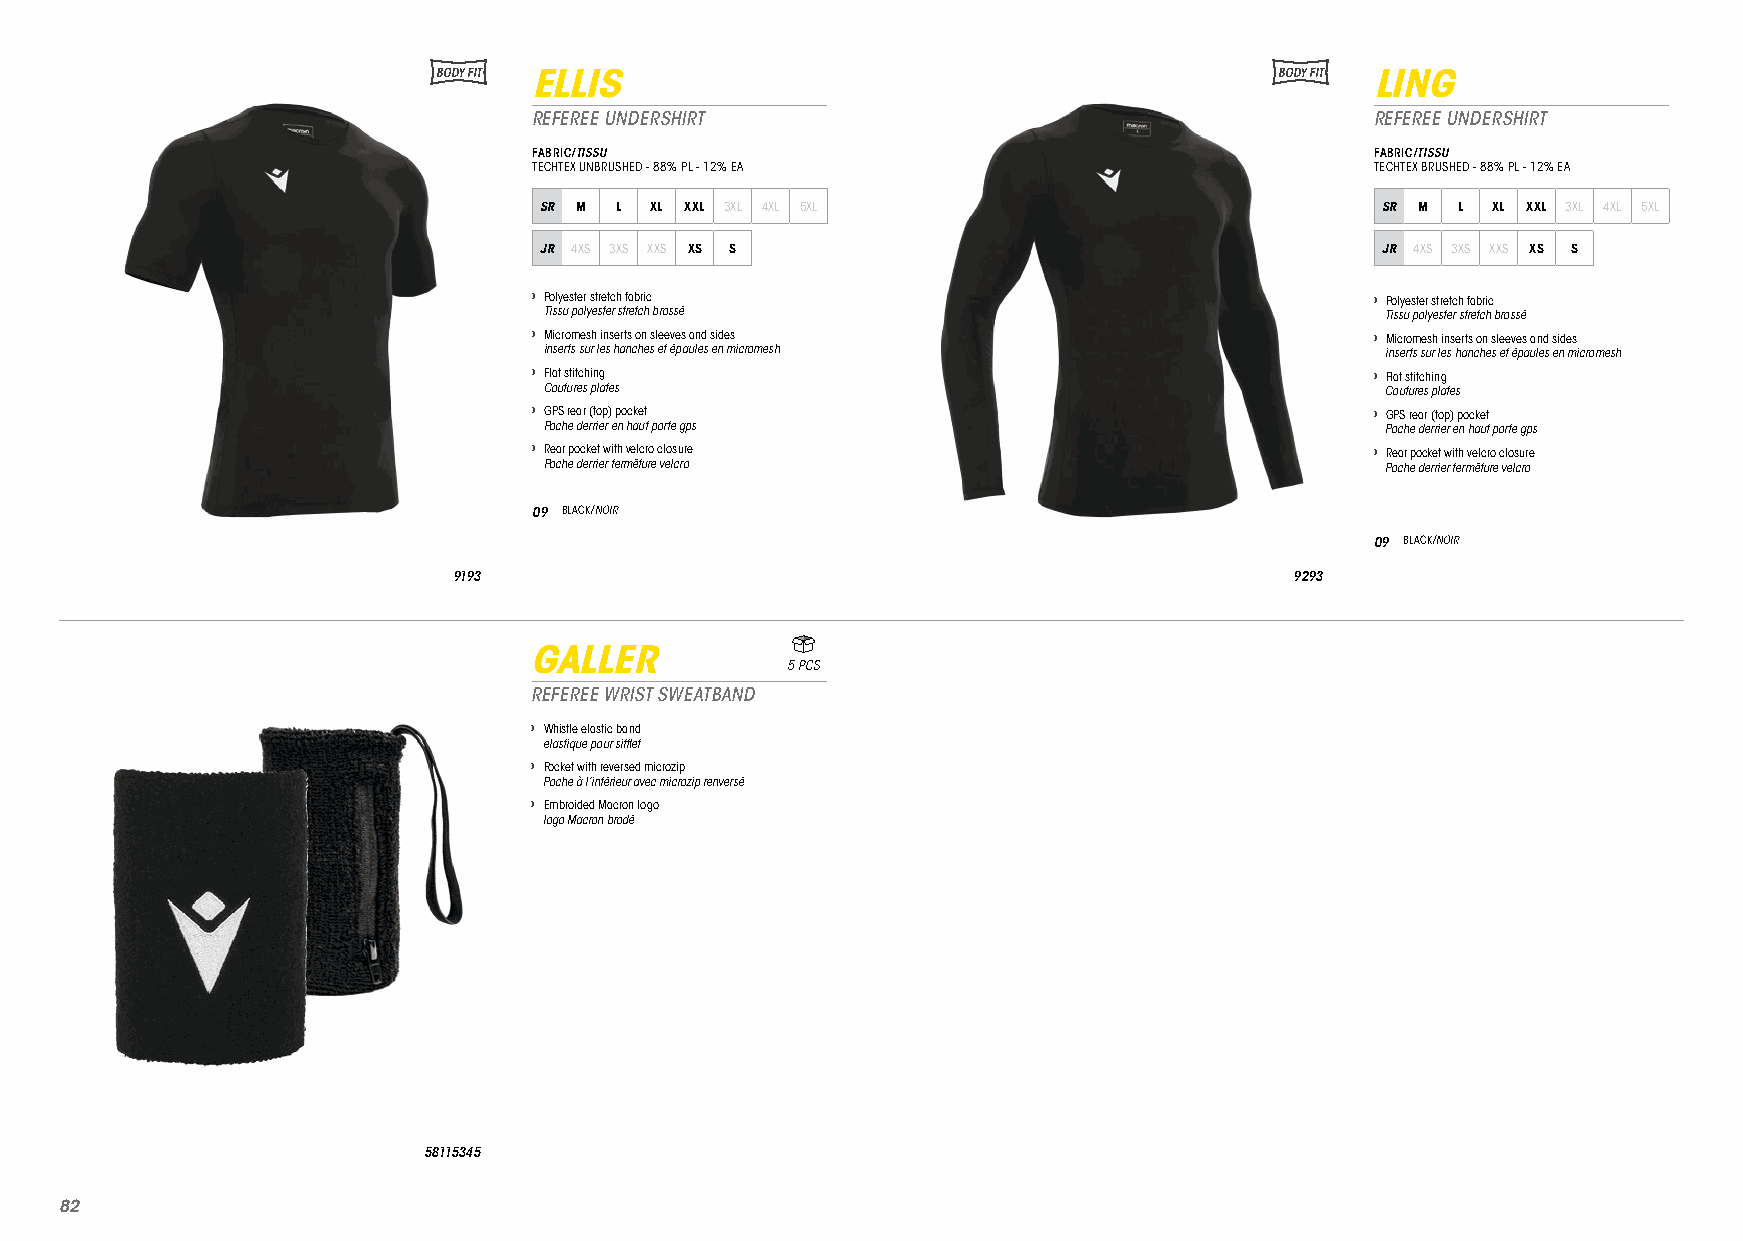
BODY FIT ELLIS                                          BODY FIT LING
 REFEREE UNDERSHIRT                                      REFEREE UNDERSHIRT
 FABRIC/TISSU                                            FABRIC/TISSU
 TECHTEX UNBRUSHED - 88% PL - 12% EA                     TECHTEX BRUSHED - 88% PL - 12% EA
 SR M L XL XXL 3XL 4XL 5XL                              SR M L  XL XXL 3XL 4XL 5XL
 JR 4XS 3XS XXS XS S                                    JR 4XS 3XS XXS XS S
 › Polyester stretch fabric                              › Polyester stretch fabric
 Tissu polyester stretch brossé                          Tissu polyester stretch brossé
 › Micromesh inserts on sleeves and sides                › Micromesh inserts on sleeves and sides
 inserts sur les hanches et épaules en micromesh         inserts sur les hanches et épaules en micromesh
 › Flat stitching                                        › Flat stitching
 Coutures plates                                         Coutures plates
 › GPS rear (top) pocket                                 › GPS rear (top) pocket
 Poche derrier en haut porte gps                         Poche derrier en haut porte gps
 › Rear pocket with velcro closure                       › Rear pocket with velcro closure
 Poche derrier fermêture velcro                          Poche derrier fermêture velcro
 09 BLACK/NOIR
 09 BLACK/NOIR
 9193                                                    9293
 GALLER
 5 PCS
 REFEREE WRIST SWEATBAND
 › Whistle elastic band
 elastique pour sifflet
 › Pocket with reversed microzip
 Poche à l’intérieur avec microzip renversé
 › Embroided Macron logo
 logo Macron brodé
 58115345
 8822